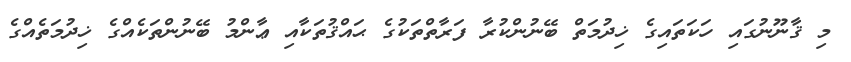
މި ޤާނޫނުގައި ހަކަތައިގެ ޚިދުމަތް ބޭނުންކުރާ ފަރާތްތަކުގެ ޙައްޤުތަކާއި ޢާންމު ބޭނުންތަކެއްގެ ޚިދުމަތެއްގެ